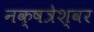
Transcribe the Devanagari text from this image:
नक्षत्रेश्वर